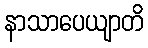
နာသာပေယျာတိ